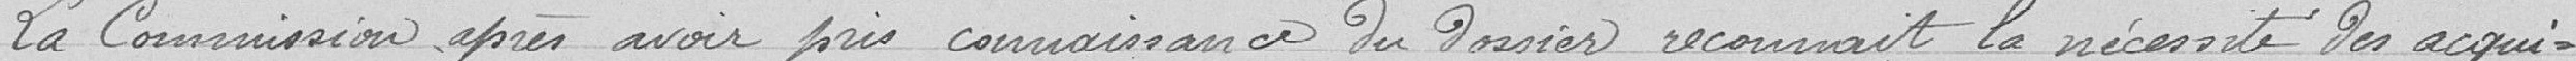
La Commission, après avoir pris connaissance du dossier reconnait la nécessité des acqui-